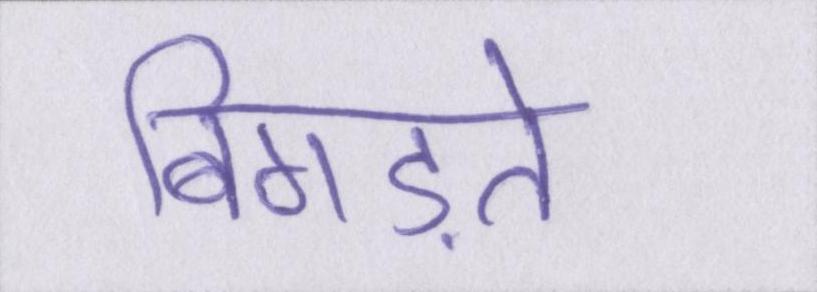
बिगड़ते